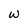
Character: w